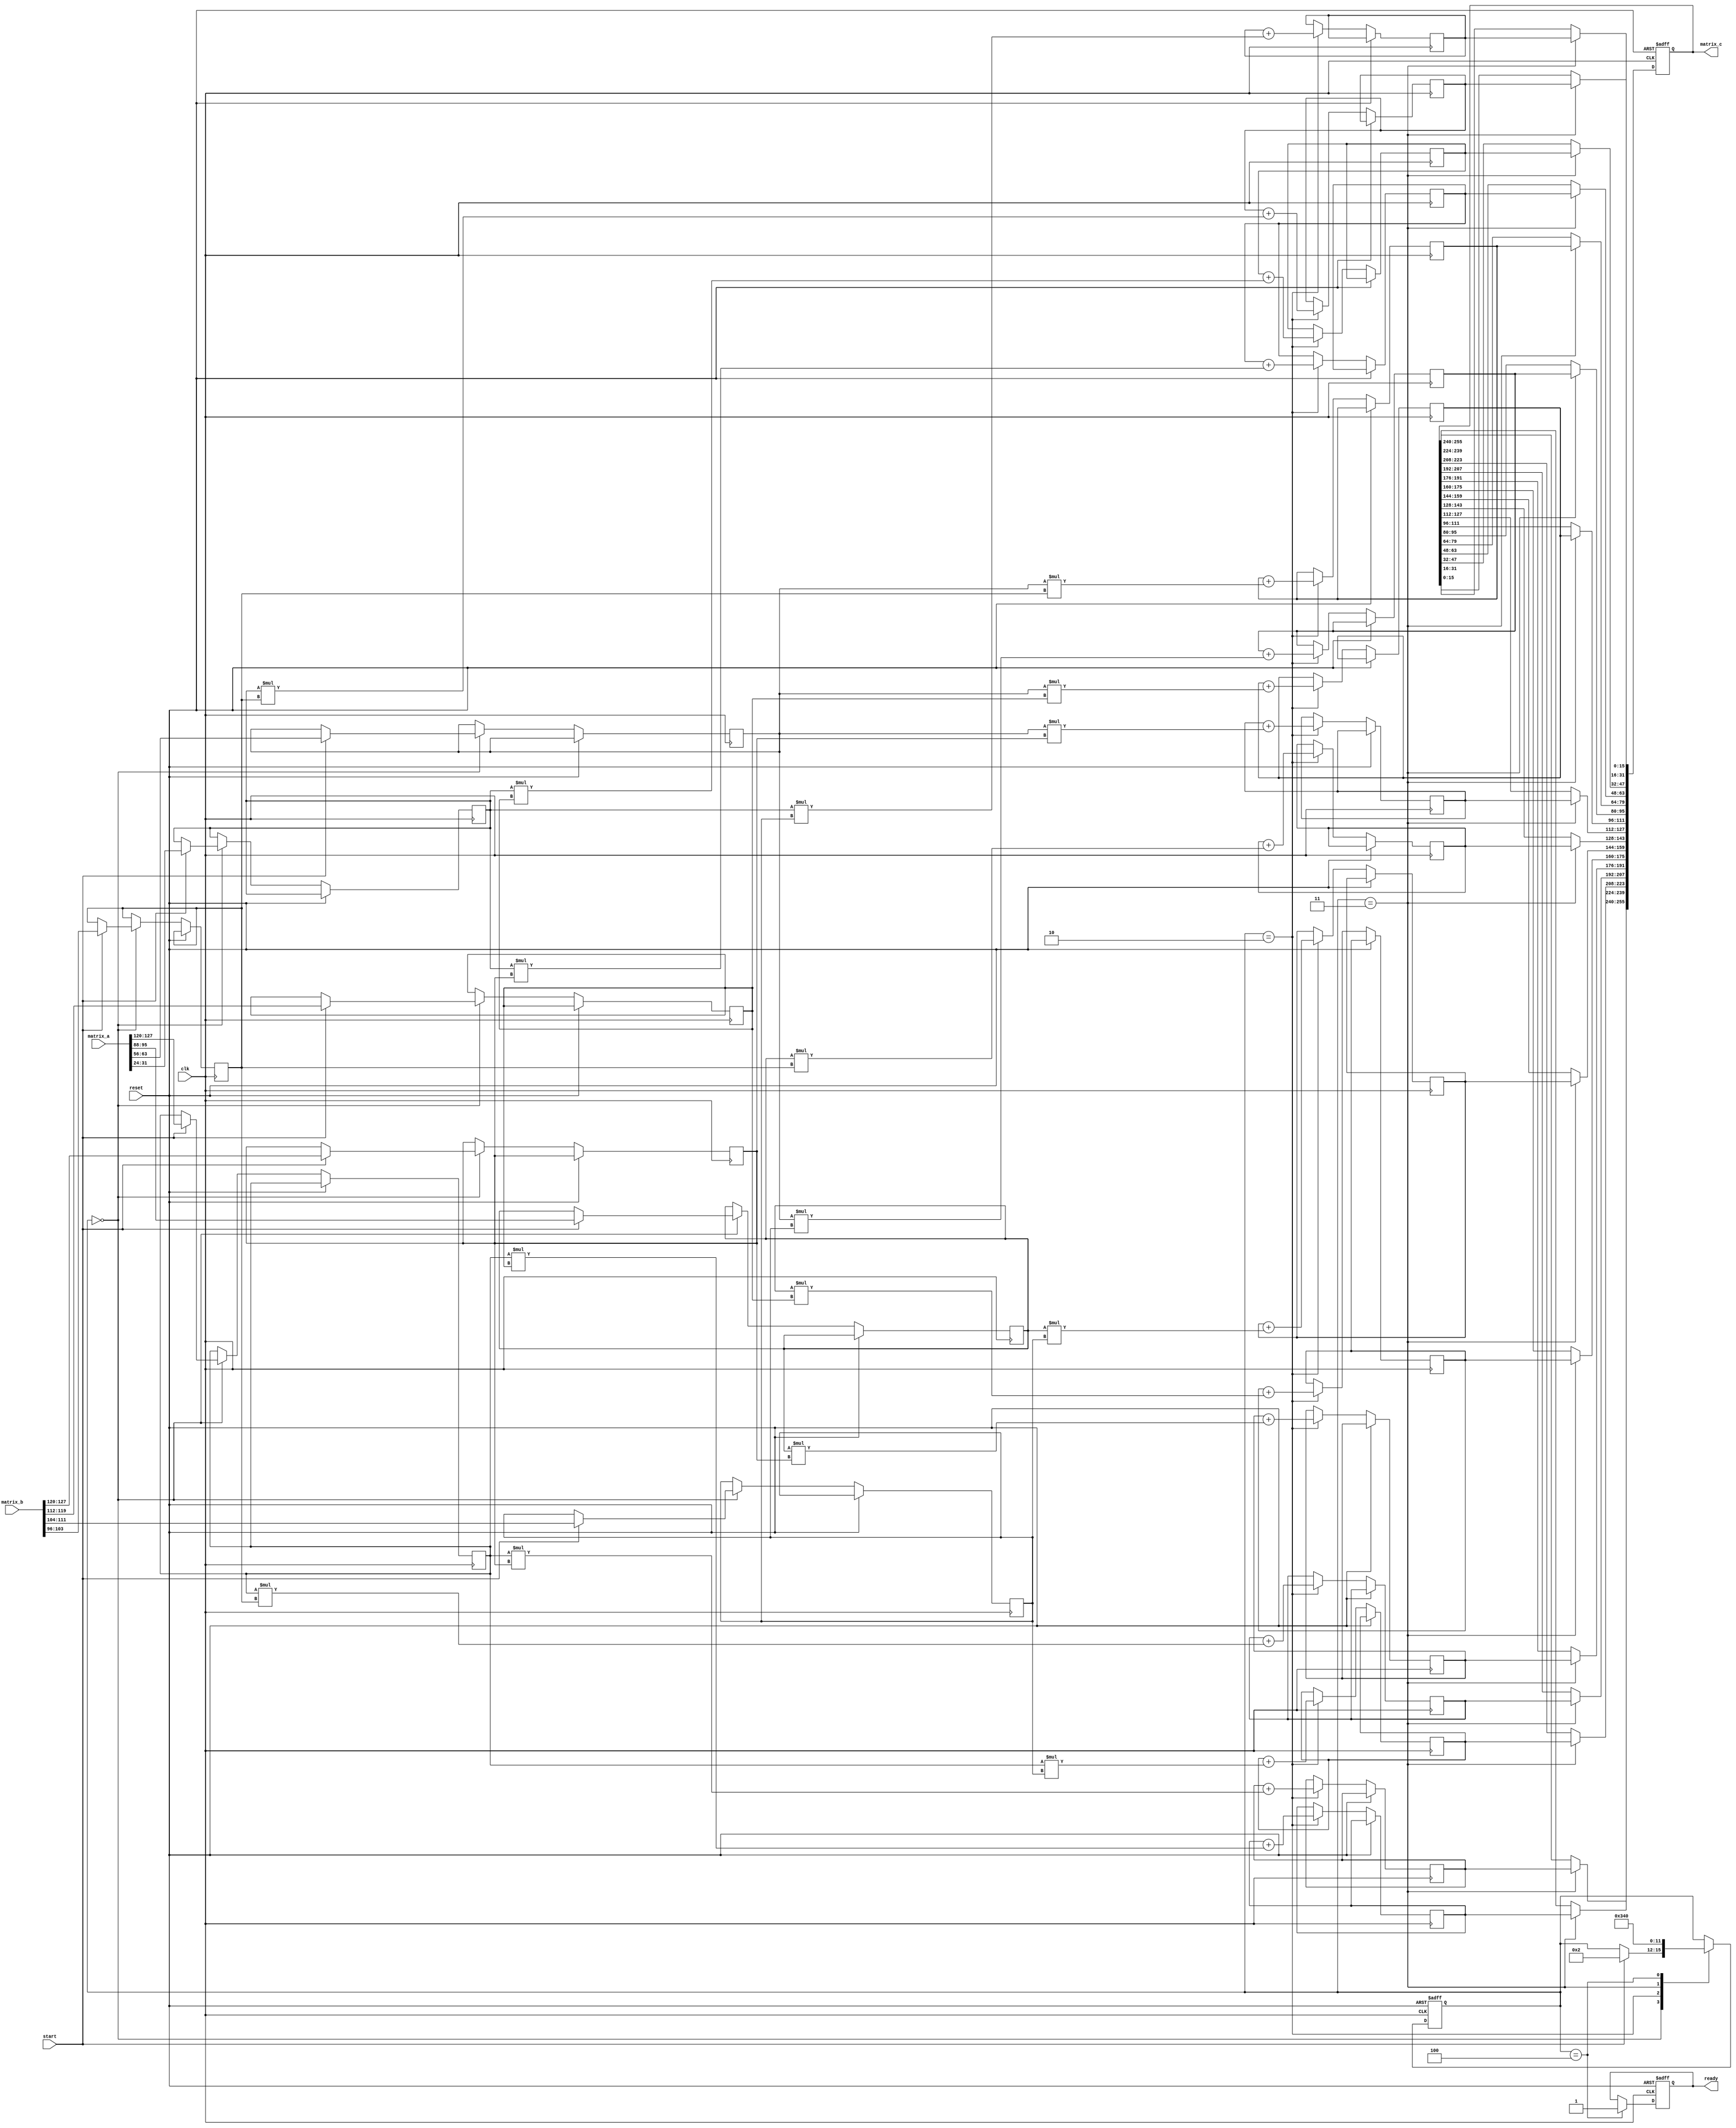
module stencil_multiplier #(
    parameter M = 4, // Number of rows in Matrix A
    parameter N = 4, // Number of columns in Matrix A and rows in Matrix B
    parameter P = 4  // Number of columns in Matrix B
)(
    input clk,
    input reset,
    input start,
    input [M*N*8-1:0] matrix_a, // Assuming 8-bit elements
    input [N*P*8-1:0] matrix_b, // Assuming 8-bit elements
    output reg [M*P*16-1:0] matrix_c, // Assuming 16-bit output elements
    output reg ready
);

    reg [7:0] a [0:M-1][0:N-1]; // Matrix A
    reg [7:0] b [0:N-1][0:P-1]; // Matrix B
    reg [15:0] c [0:M-1][0:P-1]; // Output Matrix C
    reg [3:0] state;
    reg [3:0] i, j, k; // Loop indices

    localparam IDLE = 0, LOAD = 1, COMPUTE = 2, STORE = 3, DONE = 4;

    // Load matrices from input
    always @(posedge clk or posedge reset) begin
        if (reset) begin
            state <= IDLE;
            ready <= 0;
            matrix_c <= 0;
        end else begin
            case (state)
                IDLE: begin
                    if (start) begin
                        // Load Matrix A
                        for (i = 0; i < M; i = i + 1) begin
                            for (j = 0; j < N; j = j + 1) begin
                                a[i][j] <= matrix_a[(i*N+j)*8 +: 8];
                            end
                        end
                        // Load Matrix B
                        for (i = 0; i < N; i = i + 1) begin
                            for (j = 0; j < P; j = j + 1) begin
                                b[i][j] <= matrix_b[(i*P+j)*8 +: 8];
                            end
                        end
                        state <= COMPUTE;
                    end
                end

                COMPUTE: begin
                    // Initialize output matrix C
                    for (i = 0; i < M; i = i + 1) begin
                        for (j = 0; j < P; j = j + 1) begin
                            c[i][j] <= 0;
                        end
                    end

                    // Perform multiplication
                    for (i = 0; i < M; i = i + 1) begin
                        for (j = 0; j < P; j = j + 1) begin
                            for (k = 0; k < N; k = k + 1) begin
                                c[i][j] <= c[i][j] + a[i][k] * b[k][j];
                            end
                        end
                    end
                    state <= STORE;
                end

                STORE: begin
                    // Store the result in output matrix C
                    for (i = 0; i < M; i = i + 1) begin
                        for (j = 0; j < P; j = j + 1) begin
                            matrix_c[(i*P+j)*16 +: 16] <= c[i][j];
                        end
                    end
                    state <= DONE;
                end

                DONE: begin
                    ready <= 1; // Indicate that the output is ready
                    state <= IDLE; // Go back to idle state
                end
            endcase
        end
    end
endmodule